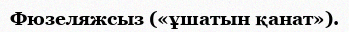
Фюзеляжсыз («ұшатын қанат»).